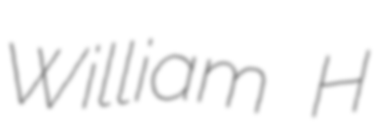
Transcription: William H